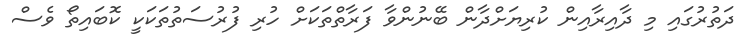
ދަތުރުގައި މި ދާއިރާއިން ކުރިޔަށްދާން ބޭނުންވާ ފަރާތްތަކަށް ހުރި ފުރުސަތުތަކަކީ ކޮބައިތޯ ވެސް